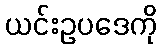
ယင်းဥပဒေကို